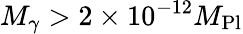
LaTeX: M_{\gamma}>2\times 10^{-12}M_{\textrm{Pl}}